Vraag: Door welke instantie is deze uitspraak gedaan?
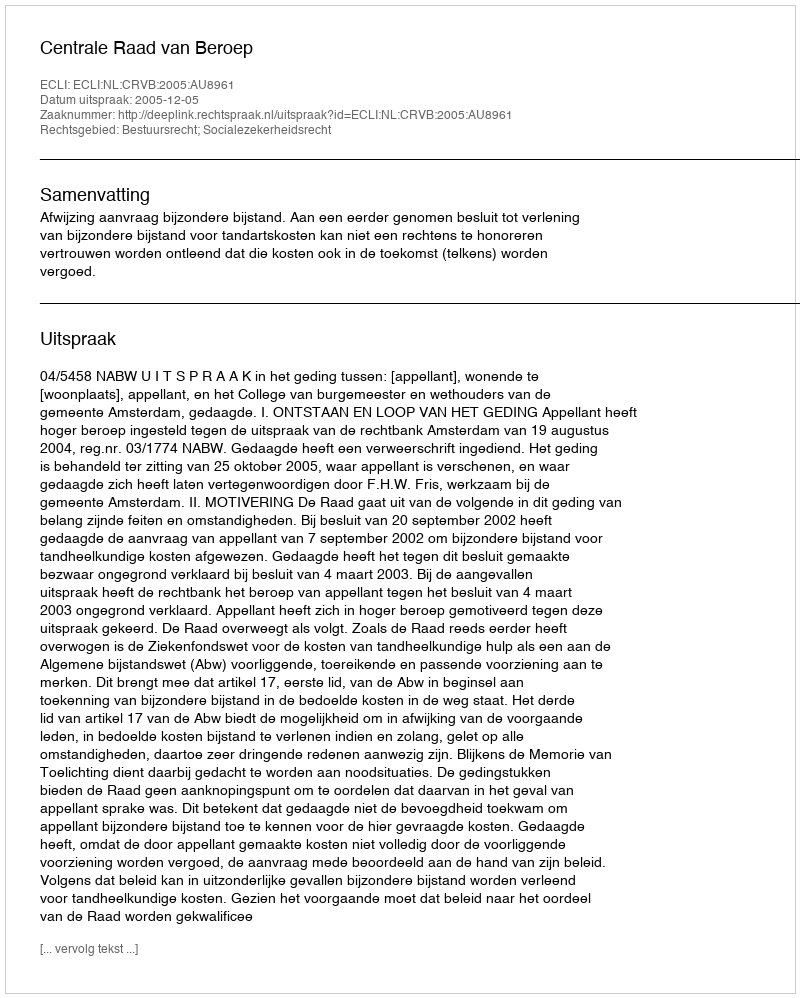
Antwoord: Centrale Raad van Beroep